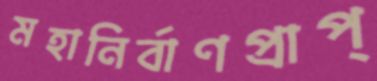
মহানির্বাণপ্রাপ্